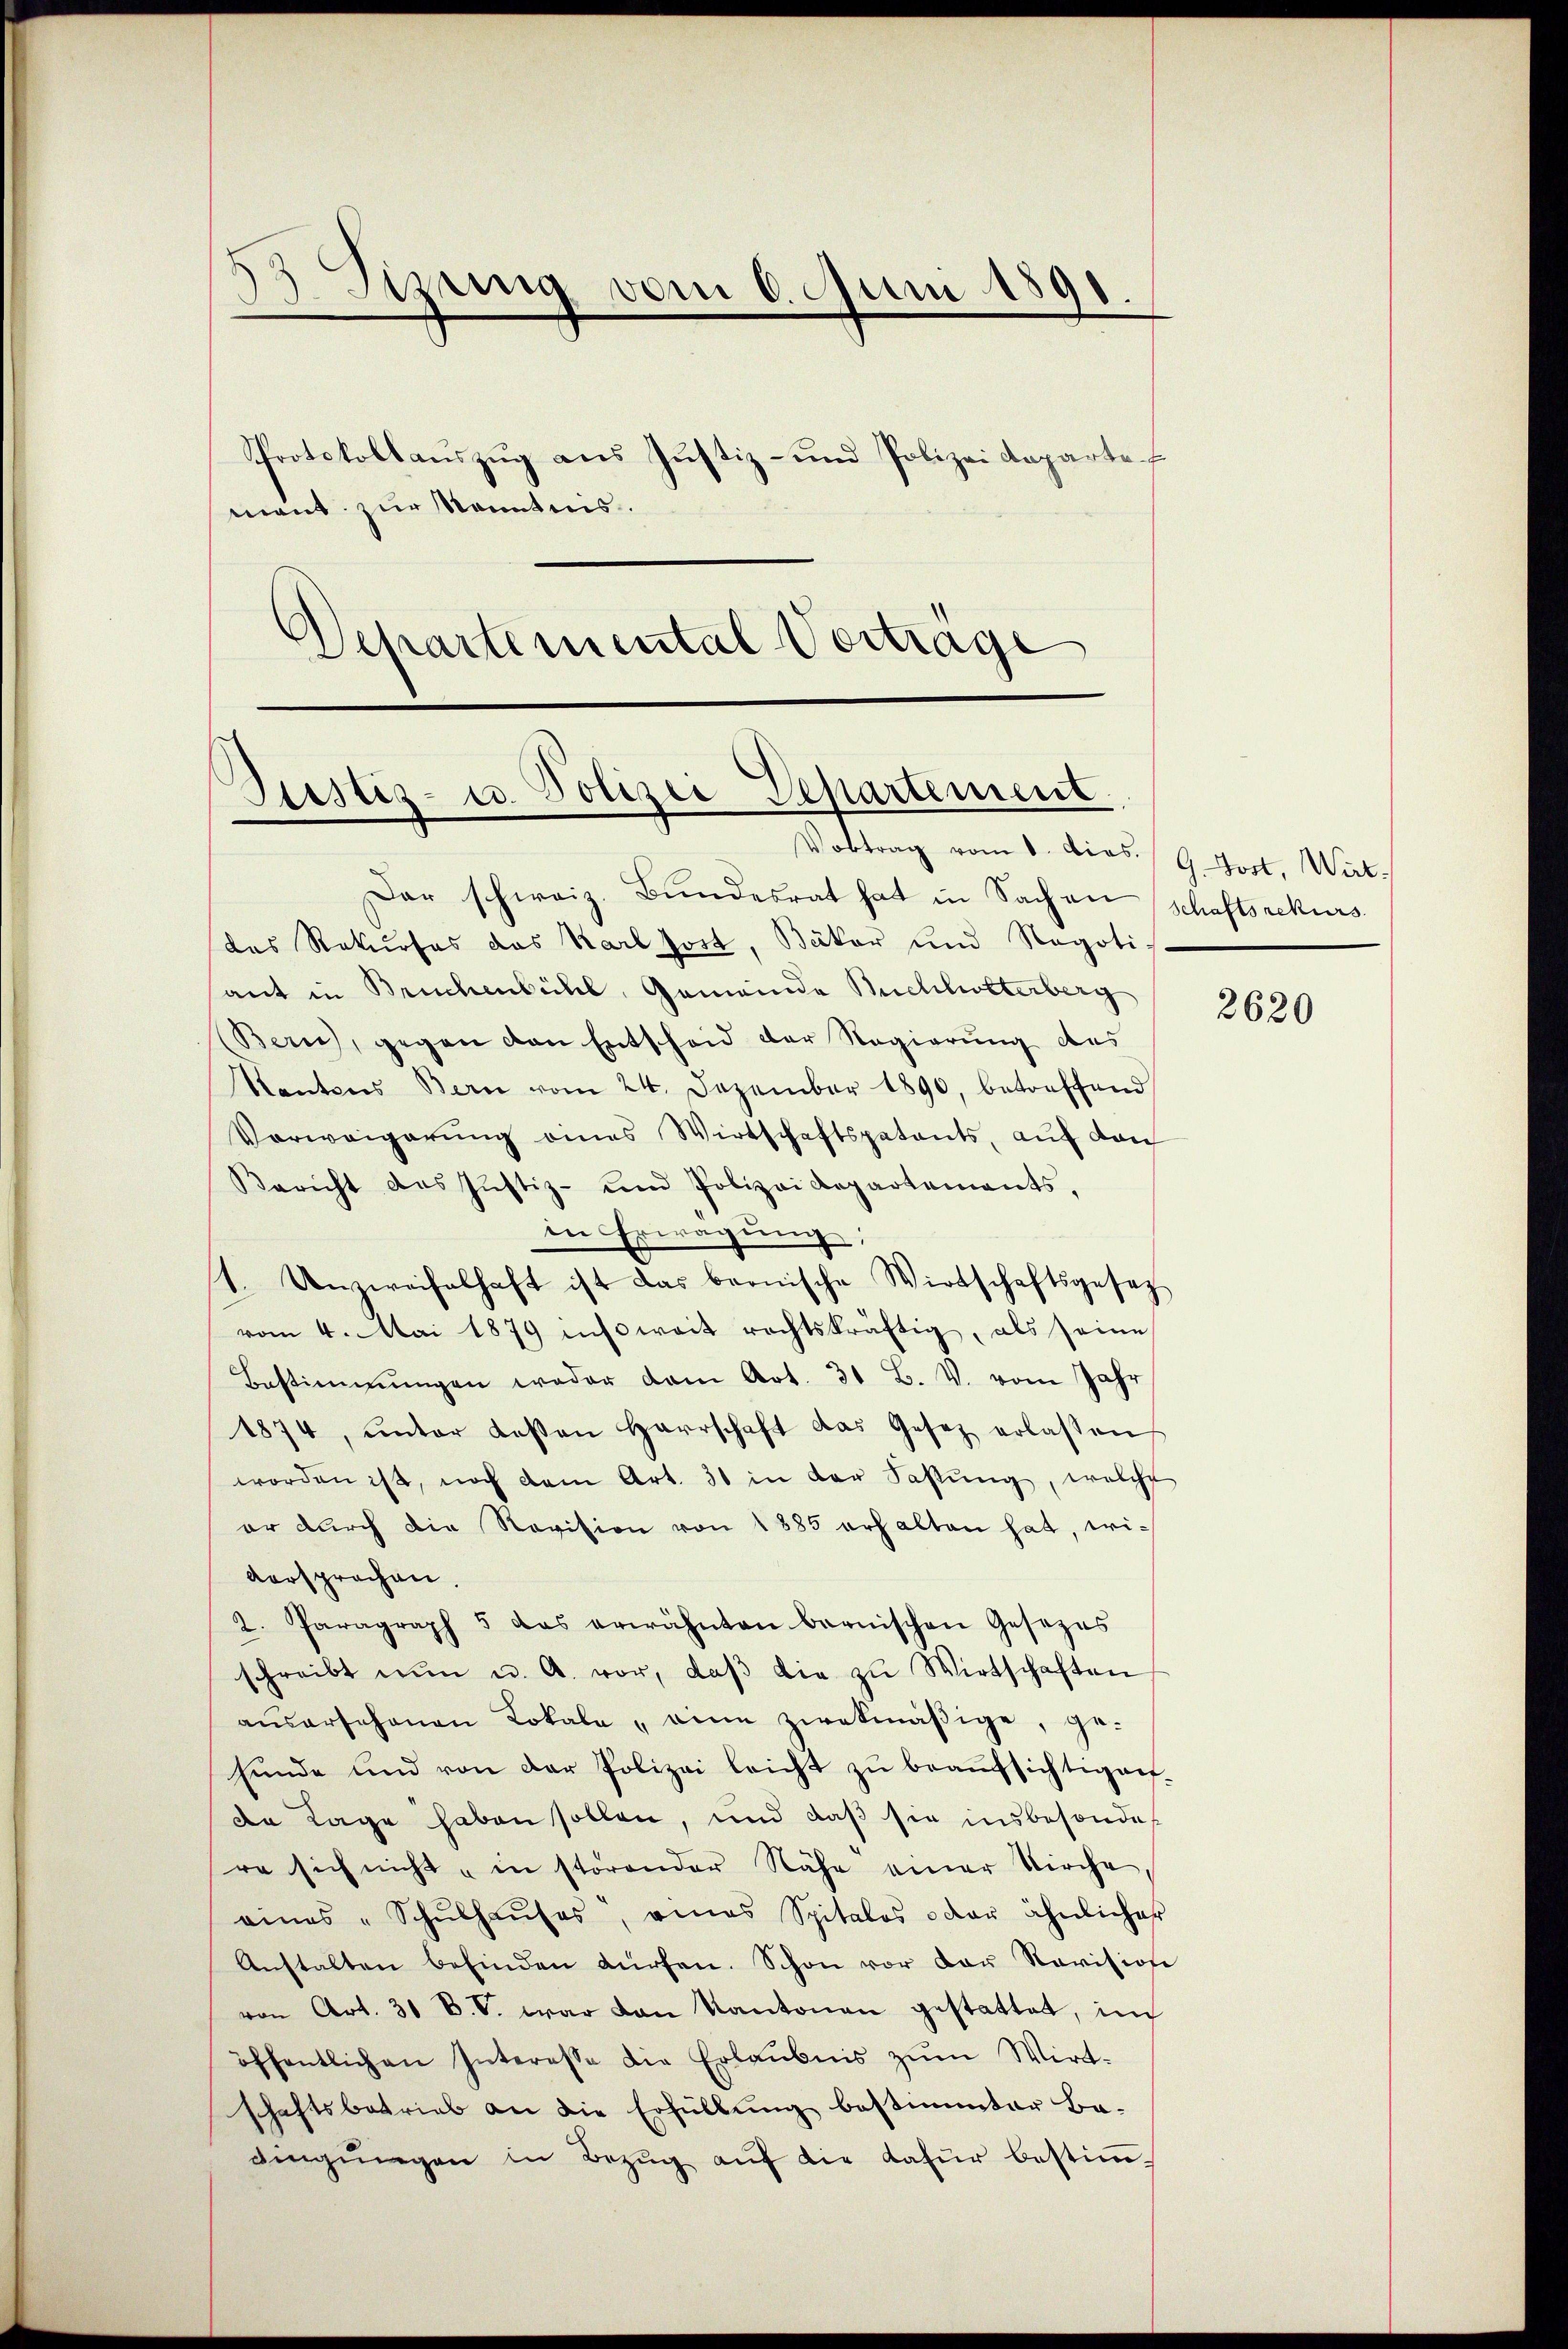
3 Sizung vom 6. Juni 1891.
Protokollaŭszŭg ans Justiz- und Polizei Kaparte
mant zur Kenntnis.
Departemental Vortrage

Justiz- u. Polizei Departement
Vortrag vom 8. dies. 9 Jost. Wirt-

Dar schweiz. Bŭndesrat hat in Sachen Schaftsrekurs
des Rekurses das Karl Jost, Bäker und Negoti-
ant in Bruchenbühl, Gemeinde Bielheiterberg
(ern), gegen den Entscheid der Regierung des
Rantons Bern vom 24. Dezember 1890, betreffend
Vorweigerung eines Wirtschaftspatents, auf den
Bericht des Justiz- und Polizei Departements,
in Erwägung;
1. Unzweifelhaft ist das bernische Wirtschaftsgesetz
vom 4. Mai 1879 insoweit rechtskräftig, als seine
Bestimmungen weder dem Art. 31 B. V. vom Jahr
1874, ŭnter Kosten Herrschaft das Gesetz erlassen
worden ist, noch dem Art. 31 in der Fastŭng, welche
er durch die Revision von 1885 erhalten hat, wiversprochen.
2. Paragraph 5 das erwähnten bernischen Gesezes
schreibt nŭn u. A. vor, daβ die zŭ Wirtschaften
aŭsarschenen Lokale, eine zwekmäβige, ge-
sunde und von der Polizei leicht zŭ beaŭfsichtigen.
de Lage haben sollen, und daß sie insbesondes
re sich nicht in störender Nähe einer Kirche,
eines "Schŭlhaŭses, eines Spitales oder ähnlicher
Anstalten befinden dürfen. Schon vor der Revision
von Art. 31 D.V. war von Kantonen gestattet, in
öffentlichen Interesse die Erlaubnis zŭm Wirt-
schaftsbetrieb an die Erfüllung bestimmter Be-
dingŭngen in Bezŭg aŭf die dafür bestim-

2620